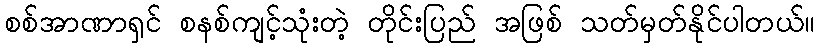
စစ်အာဏာရှင် စနစ်ကျင့်သုံးတဲ့ တိုင်းပြည် အဖြစ် သတ်မှတ်နိုင်ပါတယ်။